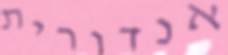
אנדורית